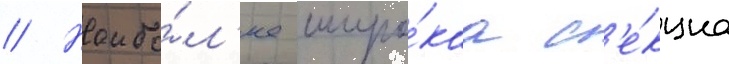
// Наибо́л'ее широ́каа с'е́кциа